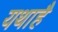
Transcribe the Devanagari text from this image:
यथाहै